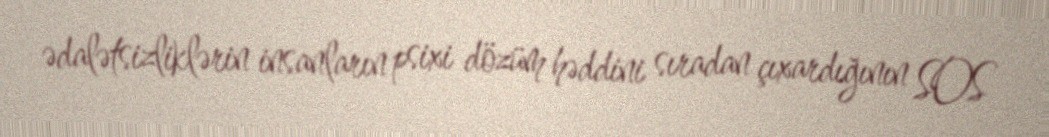
ədalətsizliklərin insanların psixi dözüm həddini sıradan çıxardığının SOS